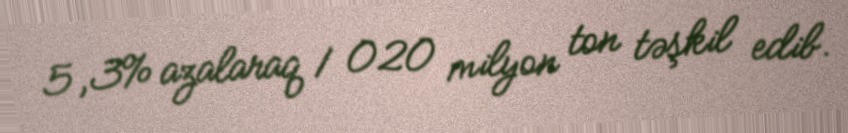
5,3% azalaraq 1 020 milyon ton təşkil edib.